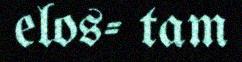
elos- tam